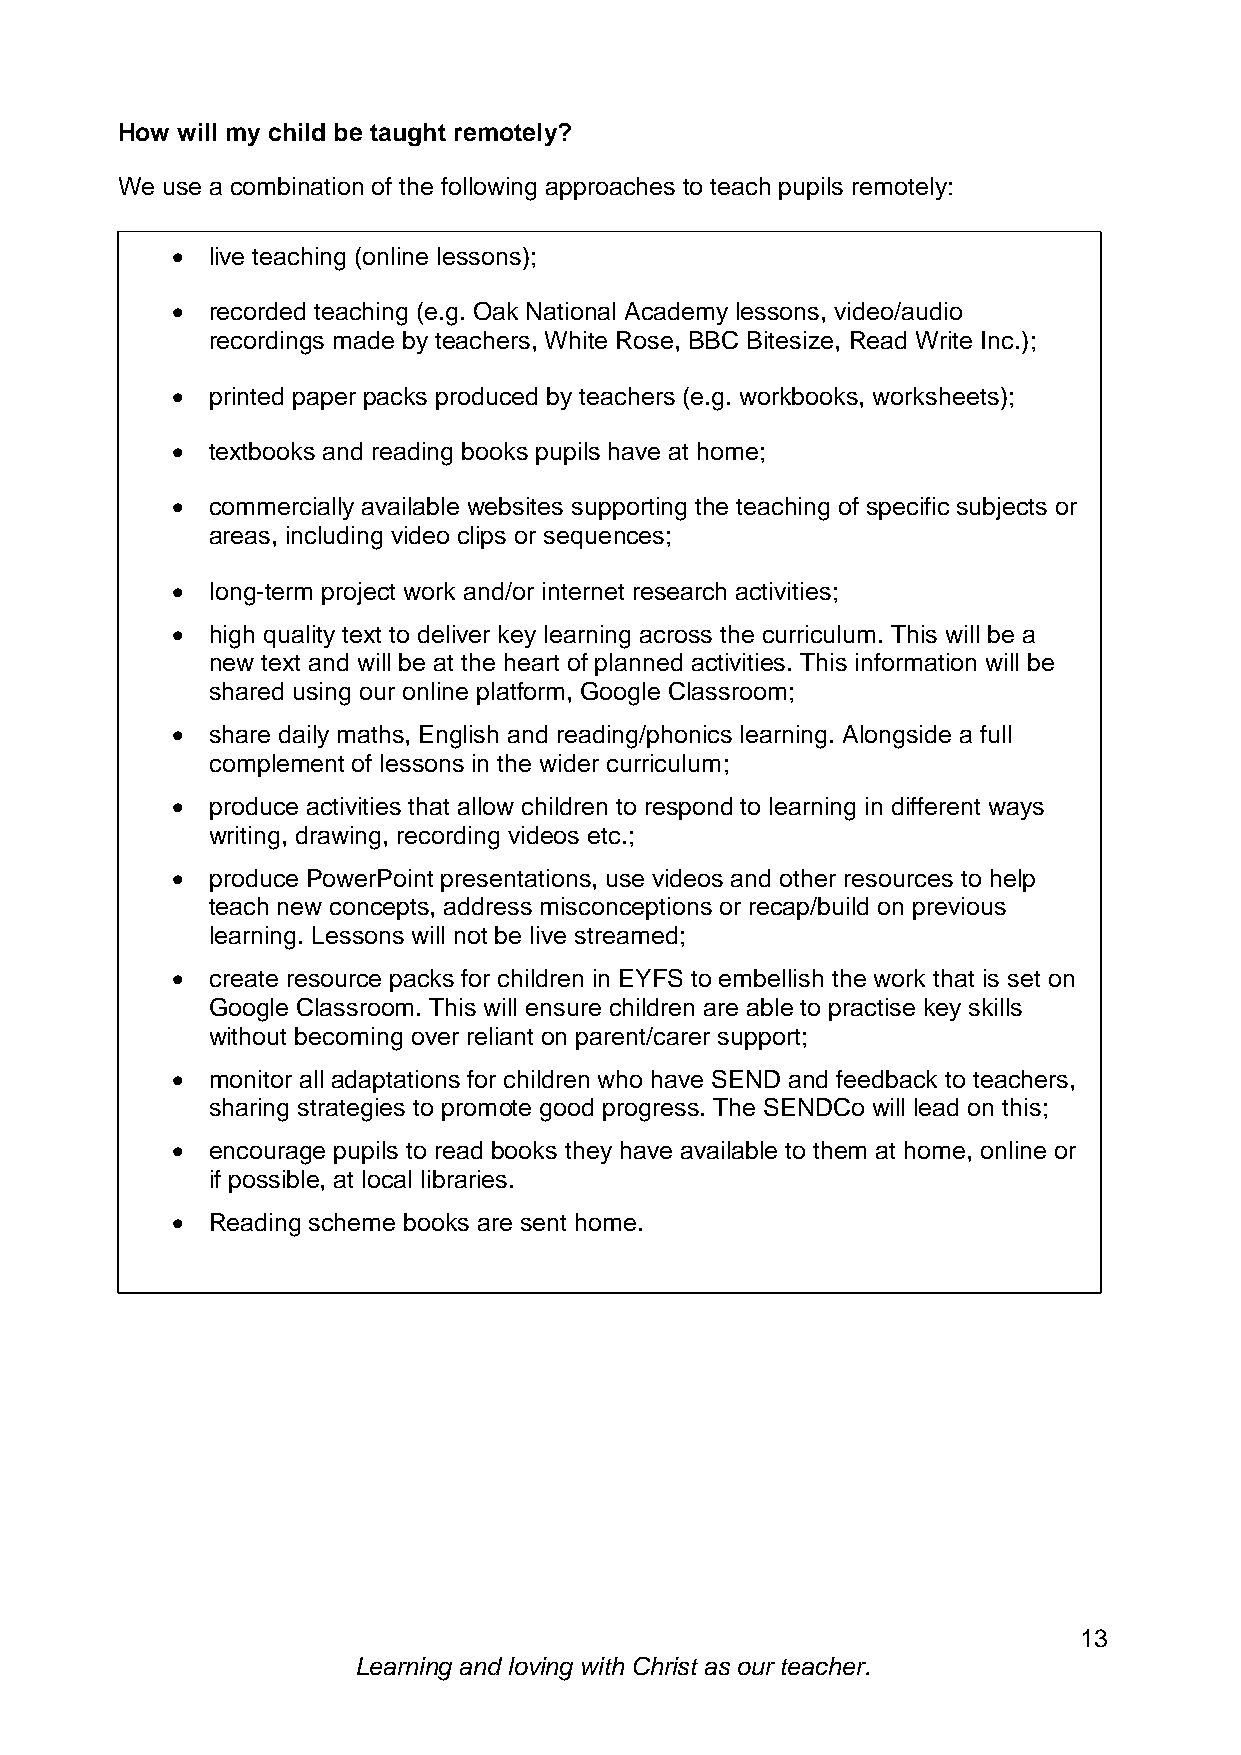
How will my child be taught remotely?
 We use a combination of the following approaches to teach pupils remotely:
   live teaching (online lessons);
   recorded teaching (e.g. Oak National Academy lessons, video/audio
 recordings made by teachers, White Rose, BBC Bitesize, Read Write Inc.);
   printed paper packs produced by teachers (e.g. workbooks, worksheets);
   textbooks and reading books pupils have at home;
   commercially available websites supporting the teaching of specific subjects or
 areas, including video clips or sequences;
   long-term project work and/or internet research activities;
   high quality text to deliver key learning across the curriculum. This will be a
 new text and will be at the heart of planned activities. This information will be
 shared using our online platform, Google Classroom;
   share daily maths, English and reading/phonics learning. Alongside a full
 complement of lessons in the wider curriculum;
   produce activities that allow children to respond to learning in different ways
 writing, drawing, recording videos etc.;
   produce PowerPoint presentations, use videos and other resources to help
 teach new concepts, address misconceptions or recap/build on previous
 learning. Lessons will not be live streamed;
   create resource packs for children in EYFS to embellish the work that is set on
 Google Classroom. This will ensure children are able to practise key skills
 without becoming over reliant on parent/carer support;
   monitor all adaptations for children who have SEND and feedback to teachers,
 sharing strategies to promote good progress. The SENDCo will lead on this;
   encourage pupils to read books they have available to them at home, online or
 if possible, at local libraries.
   Reading scheme books are sent home.
 13
 Learning and loving with Christ as our teacher.